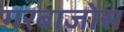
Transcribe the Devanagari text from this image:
गरबाजोस